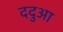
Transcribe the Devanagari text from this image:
ददुआ